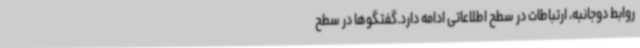
روابط دوجانبه، ارتباطات در سطح اطلاعاتی ادامه دارد.گفتگوها در سطح